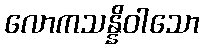
လောကသန္နိဝါသော